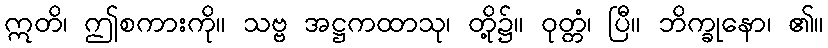
ဣတိ၊ ဤစကားကို။ သဗ္ဗ အဋ္ဌကထာသု၊ တို့၌။ ဝုတ္တံ၊ ပြီ။ ဘိက္ခုနော၊ ၏။